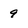
Character: 9